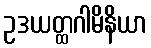
ဥဒယတ္ထဂါမိနိယာ